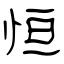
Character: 恒